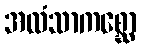
အလံသာကစ္ဆော